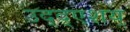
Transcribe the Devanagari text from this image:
उद्द्एशय्